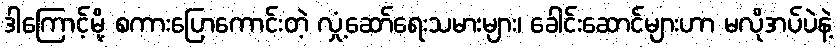
ဒါကြောင့်မို့ စကားပြောကောင်းတဲ့ လှုံ့ဆော်ရေးသမားများ၊ ခေါင်းဆောင်များဟာ မလိုအပ်ပဲနဲ့